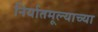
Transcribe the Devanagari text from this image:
निर्यातमूल्याच्या